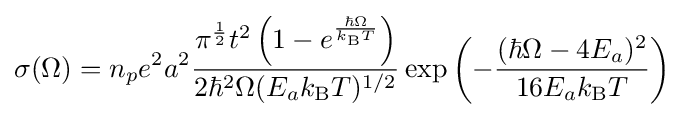
\sigma (\Omega )=n_{p}e^{2}a^{2}{\frac {\pi ^{\frac {1}{2}}t^{2}\left(1-e^{\frac {\hbar \Omega }{k_{\rm {B}}T}}\right)}{2\hbar ^{2}\Omega (E_{a}k_{\rm {B}}T)^{1/2}}}\exp \left(-{\frac {(\hbar \Omega -4E_{a})^{2}}{16E_{a}k_{\rm {B}}T}}\right)